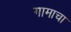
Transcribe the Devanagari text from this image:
गामाचा